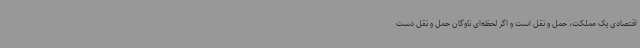
اقتصادی یک مملکت، حمل و نقل است و اگر لحظه‌ای ناوگان حمل و نقل دست